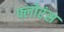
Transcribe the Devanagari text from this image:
फ्लोरंस